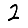
Digit: 2